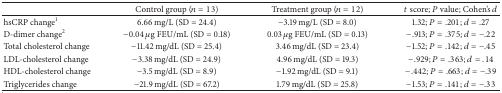
<table><thead><tr><td><b> </b></td><td><b>Control group (<i>n</i> = 13)</b></td><td><b>Treatment group (<i>n</i> = 12)</b></td><td><b><i>t</i> score; <i>P</i> value; Cohen&#x27;s <i>d</i></b></td></tr></thead><tbody><tr><td>hsCRP change<sup>1</sup></td><td>6.66 mg/L (SD = 24.4)</td><td>−3.19 mg/L (SD = 8.0)</td><td>1.32; <i>P</i> = .201; <i>d</i> = .27</td></tr><tr><td>D-dimer change<sup>2</sup></td><td>−0.04 <i>μ</i>g FEU/mL (SD = 0.18) </td><td>0.03 <i>μ</i>g FEU/mL (SD = 0.13)</td><td>−.913; <i>P</i> = .375; <i>d</i> = −.22</td></tr><tr><td>Total cholesterol change</td><td>−11.42 mg/dL (SD = 25.4)</td><td>3.46 mg/dL (SD = 23.4)</td><td>−1.52; <i>P</i> = .142; <i>d</i> = −.45</td></tr><tr><td>LDL-cholesterol change</td><td>−3.38 mg/dL (SD = 24.9)</td><td>4.96 mg/dL (SD = 19.3)</td><td>−.929; <i>P</i> = .363; <i>d</i> = .14</td></tr><tr><td>HDL-cholesterol change</td><td>−3.5 mg/dL (SD = 8.9)</td><td>−1.92 mg/dL (SD = 9.1)</td><td>−.442; <i>P</i> = .663; <i>d</i> = −.39</td></tr><tr><td>Triglycerides change</td><td>−21.9 mg/dL (SD = 67.2)</td><td>1.79 mg/dL (SD = 25.8)</td><td>−1.53; <i>P</i> = .141; <i>d</i> = −.33</td></tr></tbody></table>